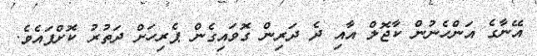
އޭނާގެ އަންހެނުން ކާޖޮލް އާއި ދެ ދަރިން ގޮވައިގެން ޕެރިހަށް ދަތުރު ކޮށްފައެވެ.